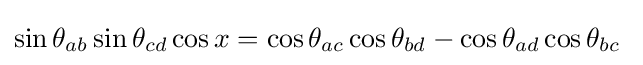
\sin \theta _{ab}\sin \theta _{cd}\cos x=\cos \theta _{ac}\cos \theta _{bd}-\cos \theta _{ad}\cos \theta _{bc}\